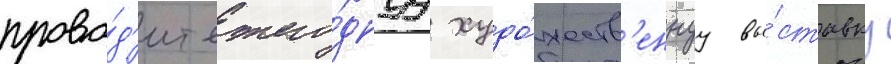
прово́д'ит ежего́днуу худо́жеств'еннуу вы́ставку